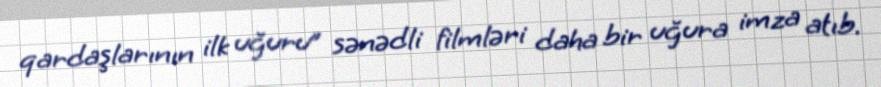
qardaşlarının ilk uğuru” sənədli filmləri daha bir uğura imza atıb.